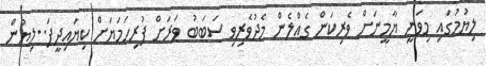
ލިޔުމުގައި މިވަނީ ޔާމީނަށް ވެރިކަން ގެއްލެން މެދުވެރިވި ސަބަބު ވަރަށް ފުުރިހަމަޔަށް ކިޔައިދީފަ..ލިޔުން